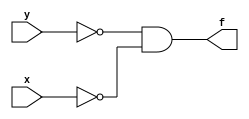
/*

Guia_0402.v
Aluno- Arthur Martinho Medeiros Oliveira	
Matricula- 813168

*/
module Simplified_e(output f, input x, y);
assign f = ~y & ~x;
endmodule